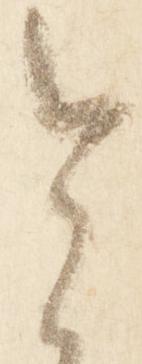
令